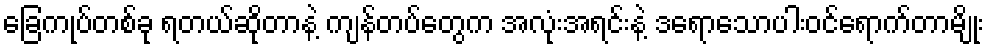
ခြေကုပ်တစ်ခု ရတယ်ဆိုတာနဲ့ ကျန်တပ်တွေက အလုံးအရင်းနဲ့ ဒရောသောပါးဝင်ရောက်တာမျိုး